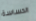
الحساسة